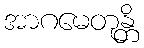
အာဂမေတုန္တိ